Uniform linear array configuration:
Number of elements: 12
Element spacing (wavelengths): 0.5
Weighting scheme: exponential
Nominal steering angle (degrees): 30
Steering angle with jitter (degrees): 29.87
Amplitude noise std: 0.05
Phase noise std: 0.05

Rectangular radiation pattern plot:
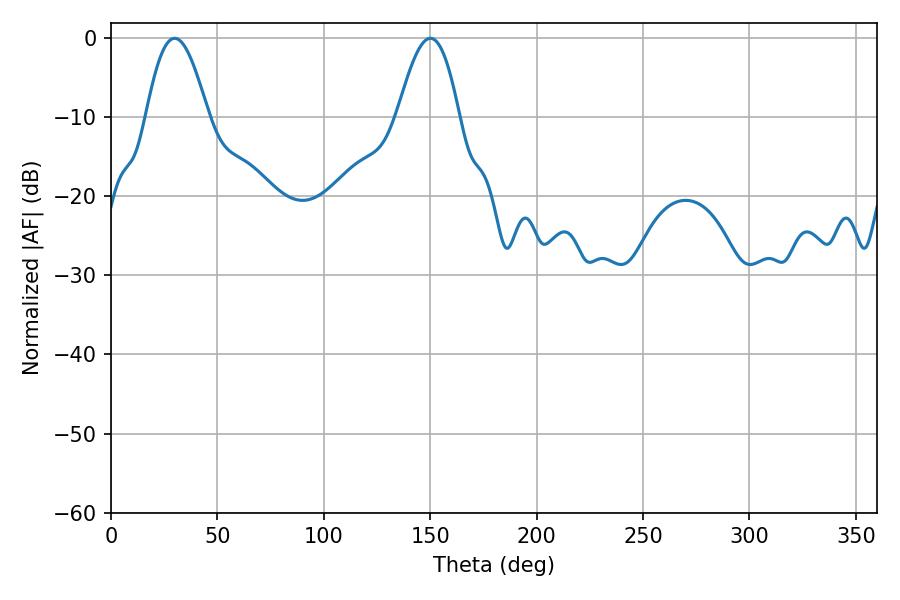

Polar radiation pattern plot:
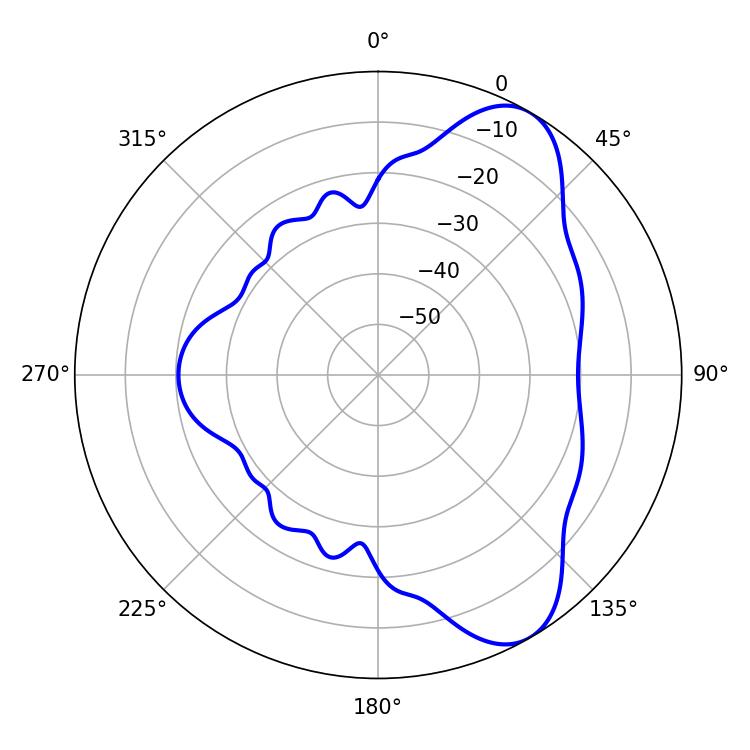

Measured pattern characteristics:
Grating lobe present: FALSE
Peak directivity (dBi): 7.875
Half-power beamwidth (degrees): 15.66
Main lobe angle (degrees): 29.88